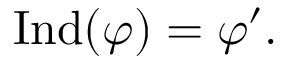
{ \mathrm { I n d } } ( \varphi ) = \varphi ^ { \prime } .